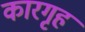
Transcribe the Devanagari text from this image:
कारगृह